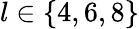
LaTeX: l\in\{ 4,6,8\}